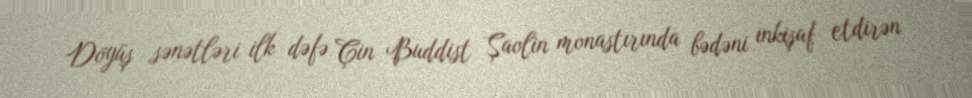
Döyüş sənətləri ilk dəfə Çin Buddist Şaolin monastırında bədəni inkişaf etdirən